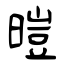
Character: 暟